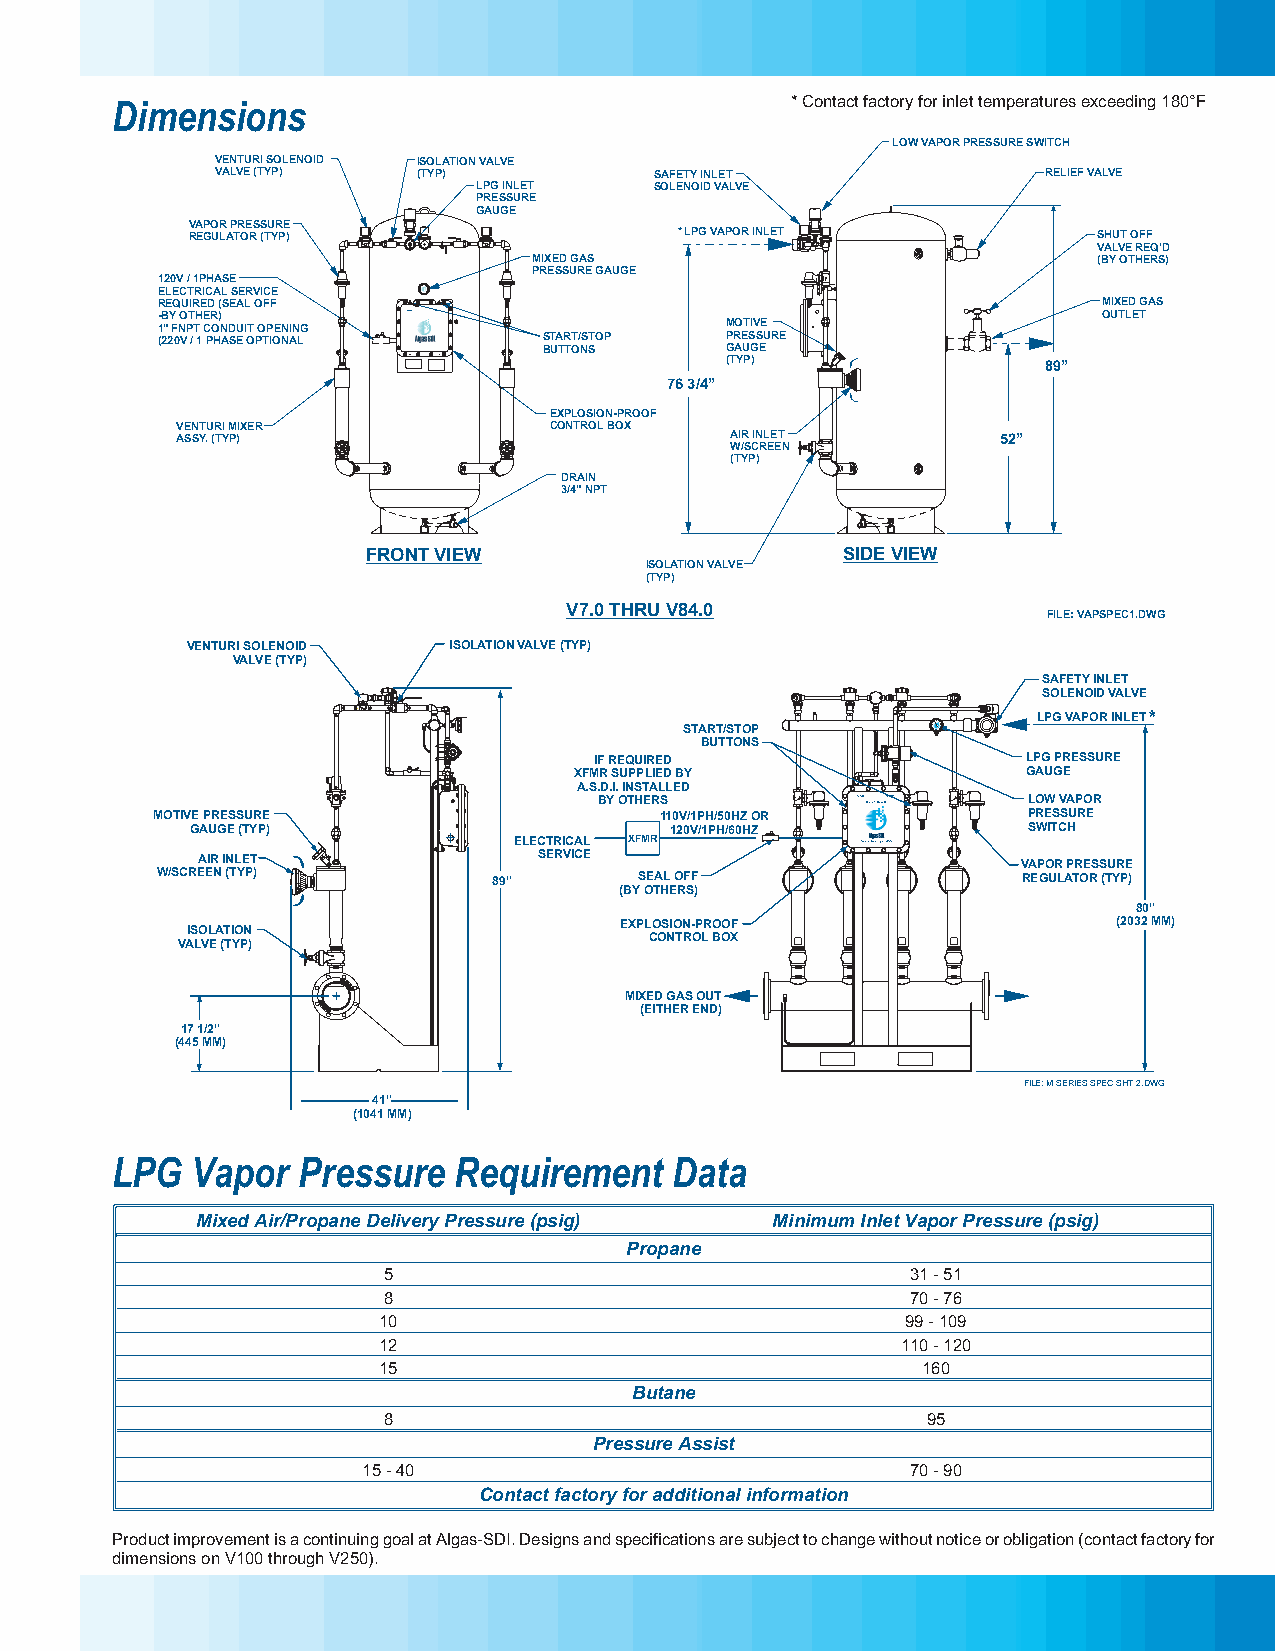
Dimensions                                   *Contactfactoryforinlettemperaturesexceeding180°F
 LOWVAPORPRESSURESWITCH
 VENTURISOLENOID ISOLATIONVALVE
 VALVE(TYP)    (TYP)          SAFETYINLET               RELIEFVALVE
 LPGINLET   SOLENOIDVALVE
 PRESSURE
 GAUGE
 VAPORPRESSURE
 REGULATOR(TYP)                   *LPGVAPORINLET              SHUTOFF
 VALVEREQ’D
 MIXEDGAS                              (BYOTHERS)
 PRESSUREGAUGE
 120V/1PHASE
 ELECTRICALSERVICE
 REQUIRED(SEALOFF                                               MIXEDGAS
 - 1B ”Y FNO PT THE CR O) NDUITOPENING START STOP MOTIVE        OUTLET
 (220V/1PHASEOPTIONAL      START/STOP  PRESSURE
 BUTTONS     GAUGE
 (TYP)                89”
 763/4”
 EXPLOSION-PROOF
 VENTURIMIXER            CONTROLBOX
 ASSY.(TYP)                          AIRINLET          52”
 W/SCREEN
 (TYP)
 DRAIN
 3/4”NPT
 FRONTVIEW                       SIDEVIEW
 ISOLATIONVALVE
 (TYP)
 V7.0THRUV84.0
 FILE:VAPSPEC1.DWG
 VENTURISOLENOID   ISOLATIONVALVE(TYP)
 VALVE(TYP)
 SAFETYINLET
 SOLENOIDVALVE
 LPGVAPORINLET*
 START/STOP
 BUTTONS         PSI
 IFREQUIRED                   LPGPRESSURE
 XFMRSUPPLIEDBY                GAUGE
 A.S.D.I.INSTALLED
 BYOTHERS         START STOP LOWVAPOR
 MOTIVEPRESSURE                    110V/1PH/50HZOR Group1,ClassD PRESSURE
 GAUGE(TYP)                     120V/1PH/60HZ           SWITCH
 ELECTRICAL XFMR
 AIRINLET               SERVICE              Seattle,WashingtonUSA VAPORPRESSURE
 W/SCREEN(TYP)          89”      SEALOFF                   REGULATOR(TYP)
 (BYOTHERS)
 80”
 EXPLOSION-PROOF                  (2032MM)
 ISOLATION
 CONTROLBOX
 VALVE(TYP)
 MIXEDGASOUT
 (EITHEREND)
 171/2”
 (445MM)
 FILE:MSERIESSPECSHT2.DWG
 41”
 (1041MM)
 LPG   Vapor  Pressure  Requirement    Data
 MixedAir/PropaneDeliveryPressure(psig) MinimumInletVaporPressure(psig)
 Propane
 5                                  31-51
 8                                  70-76
 10                                 99-109
 12                                 110-120
 15                                  160
 Butane
 8                                   95
 PressureAssist
 15-40                               70-90
 Contactfactoryforadditionalinformation
 ProductimprovementisacontinuinggoalatAlgas-SDI.Designsandspecificationsaresubjecttochangewithoutnoticeorobligation(contactfactoryfor
 dimensionsonV100throughV250).
 OUT NI